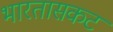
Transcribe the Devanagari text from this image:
भारतासकट